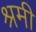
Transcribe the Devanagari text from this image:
श्रमी